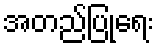
အတည်ပြုရေး